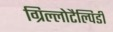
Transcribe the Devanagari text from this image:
ग्रिल्लोटैल्पिडी